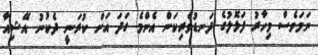
ނަމަވެސް މިހާރު ފަޅޮލުގެ ދަނޑުވެރިކަން އެންމެ ގަދަ އަށް ކުރަނީ ދެކުނު އޭޝިއާ